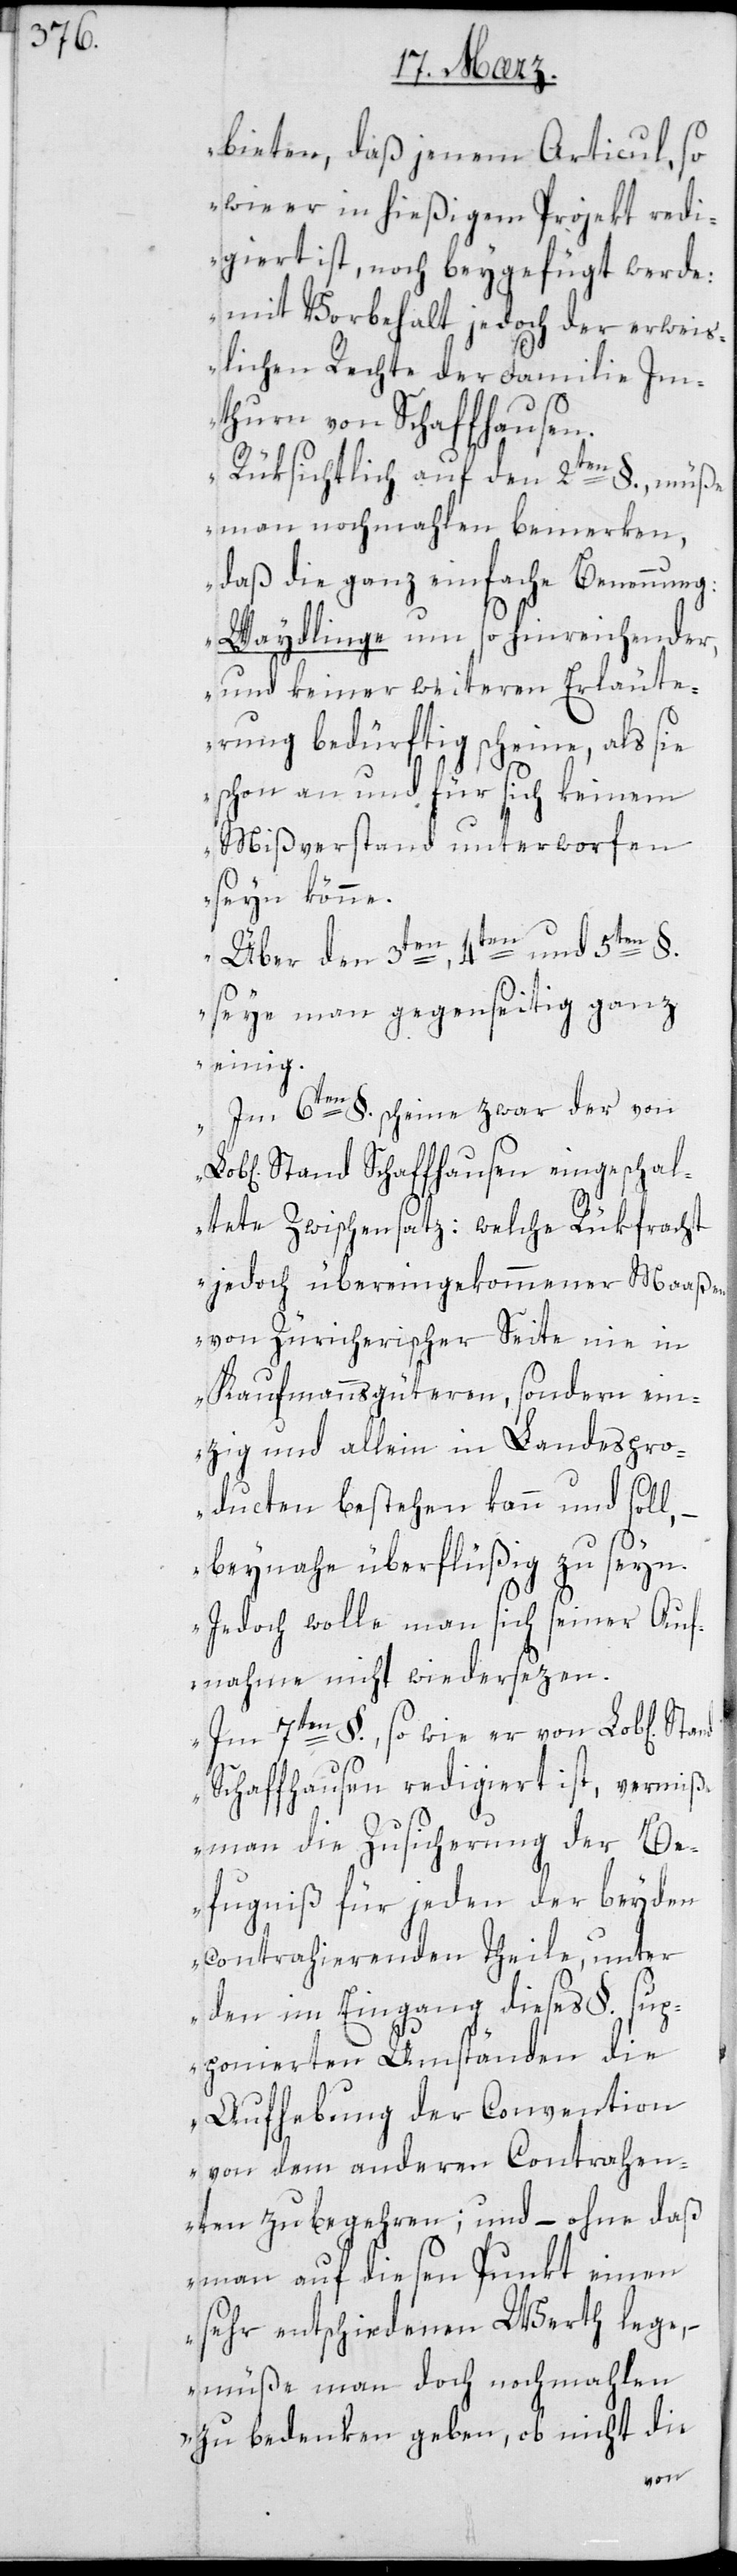
bieten, daß jenem Articul, so
wie er in hießigem Projekt redi¬
giert ist, noch beygefügt werde:
mit Vorbehalt jedoch der erweis¬
lichen Rechte der Familie Im¬
thurn von Schaffhausen.
Rüksichtlich auf den 2ten §. müße
man nochmalen bemerken,
daß die ganz einfache Benennung
Waydlinge um so hinreichender,
und keiner weiteren Erläute¬
rung bedürftig scheine, als sie
schon an und für sich keinem
Mißverstand unterworfen
seyn könne.
Über den 3ten, 4ten und 5ten §.
seye man gegenseitig ganz
einig.
Im 6ten §. scheine zwar der von
Stand Schaffhausen eingeschal¬
tete Zwischensatz: welche Rükfracht
jedoch übereingekommener Maaßen
von Züricherischer Seite nie in
Kaufmannsgüteren, sondern ein¬
zig und allein in Landespro¬
ducten bestehen kann und soll
beynahe überflüßig zu seyn.
Jedoch wolle man sich seiner Auf¬
nahme nicht wiedersetzen.
Im 7ten §., so wie er von Lob[lichen]
Schaffhausen redigiert ist, vermiß¬
e man die Zusicherung der Be¬
fugniß für jeden der beyden
contrahierenden Theile, unter
den im Eingang dieses §. sup¬
ponierten Umständen die
Aufhebung der Convention
von dem anderen Contrahen¬
ten zu begehren; und – ohne daß
man auf diesen Punkt einen
sehr entschiedenen Wert lege,
müße man doch nochmahlen
zu bedenken geben, ob nicht die